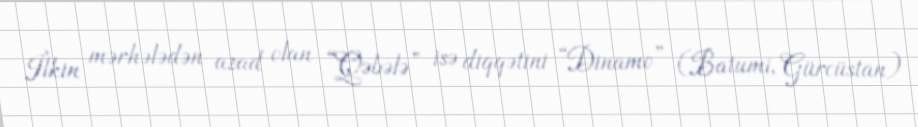
İlkin mərhələdən azad olan “Qəbələ” isə diqqətini “Dinamo” (Batumi, Gürcüstan)